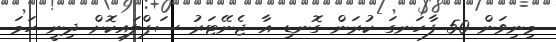
މިނިވަން 50 ފާހަނގަ ކުރަން ގޮނޑި އާ ޖެނޭޓަރު ސަޕްލައިކޮށް ދިނީ ހަމަ